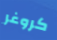
كروغر